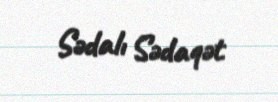
Sədalı Sədaqət